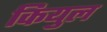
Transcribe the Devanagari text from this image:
कियुल